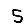
Digit: 5